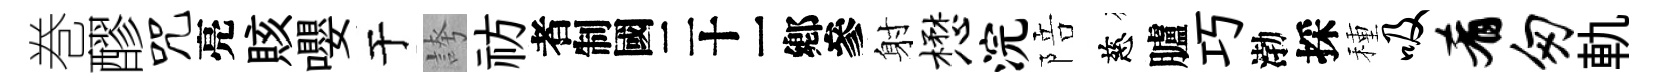
巻醪咒亮賅嚶于誇祊识射懋浣陪慈臚巧渤採種吸肴匆軌